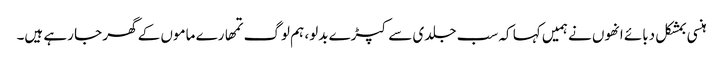
ہنسی بمشکل دبائے انھوں نے ہمیں کہا کہ سب جلدی سے کپڑے بدلو، ہم لوگ تمھارے ماموں کے گھر جا رہے ہیں۔